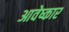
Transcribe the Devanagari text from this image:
आवेष्कार